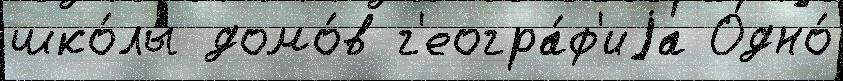
шко́лы домо́в г'еогра́ф'иjа Одно́